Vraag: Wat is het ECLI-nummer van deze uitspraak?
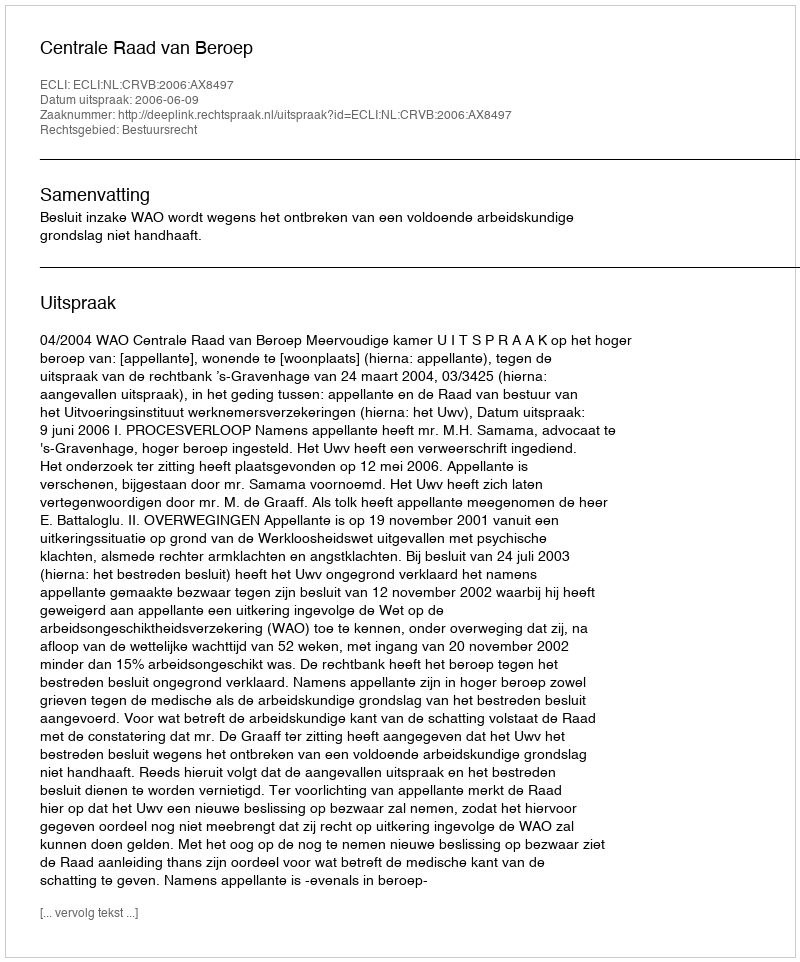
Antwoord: ECLI:NL:CRVB:2006:AX8497